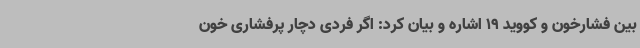
بین فشارخون و کووید 19 اشاره و بیان کرد: اگر فردی دچار پرفشاری خون